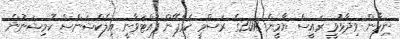
ނިހާން ވިދާޅުވީ ރައީސް ޔާމީން 2018ގެ ރަސްމީ ކެމްޕޭން ފައްޓަވާނީ އިލެކްޝަންސް ކޮމިޝަނުން